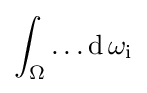
\int _{\Omega }\dots \operatorname {d} \omega _{\text{i}}